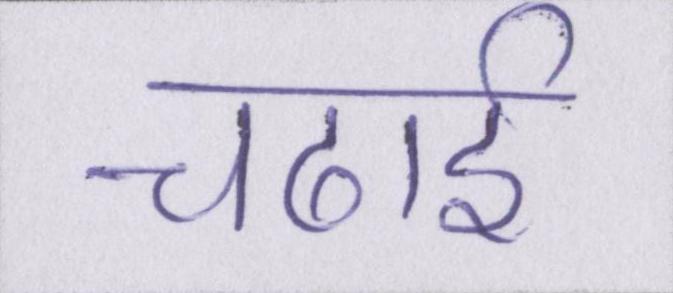
चढाई